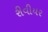
રીવીયર